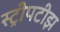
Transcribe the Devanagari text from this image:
स्ट्रीपटीझ